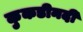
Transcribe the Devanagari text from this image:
कुकडीनदी